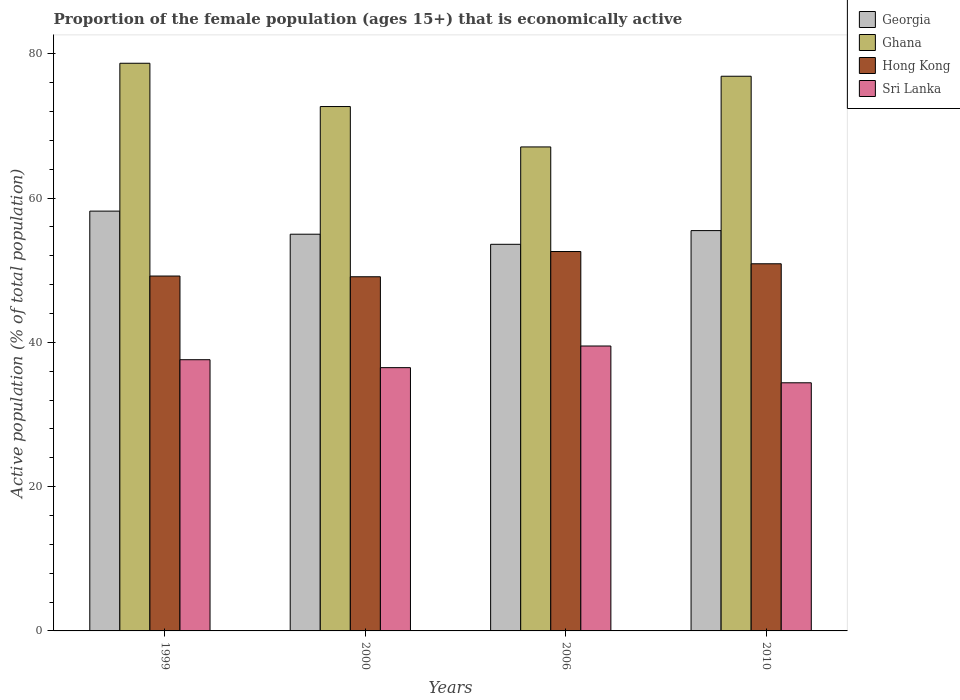
| Years | Georgia | Ghana | Hong Kong | Sri Lanka |
 | --- | --- | --- | --- | --- |
 | 1999 | 58.2 | 78.7 | 49.2 | 37.6 |
 | 2000 | 55 | 72.7 | 49.1 | 36.5 |
 | 2006 | 53.6 | 67.1 | 52.6 | 39.5 |
 | 2010 | 55.5 | 76.9 | 50.9 | 34.4 |